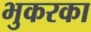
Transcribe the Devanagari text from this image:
भुकरका